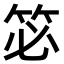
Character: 𮅆